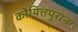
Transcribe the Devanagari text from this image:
कोयित्तपुरान